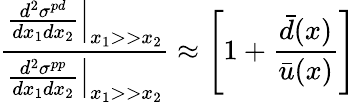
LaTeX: \frac{\left.\frac{d^{2}\sigma^{pd}}{dx_{1}dx_{2}}\right|_{x_{1}>>x_{2}}}{\left.\frac{d^{2}\sigma^{pp}}{dx_{1}dx_{2}}\right|_{x_{1}>>x_{2}}}\approx\left[1+\frac{\bar{d}({x})}{\bar{u}({x})}\right]